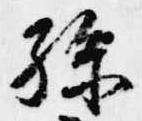
孫